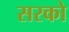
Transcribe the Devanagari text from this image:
सरको